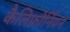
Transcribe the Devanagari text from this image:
कैलिफ़ोर्नियन